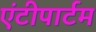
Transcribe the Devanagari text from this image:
एंटीपार्टम